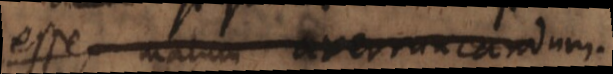
esse, malum averruncandum.